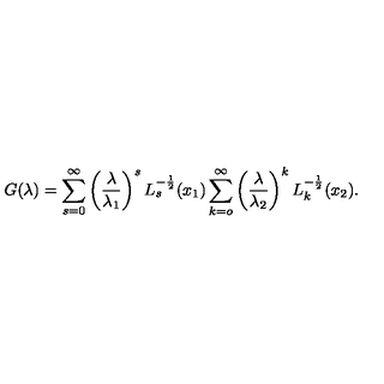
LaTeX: G ( \lambda ) = \sum _ { s = 0 } ^ { \infty } \left( \frac { \lambda } { \lambda _ { 1 } } \right) ^ { s } L _ { s } ^ { - \frac 1 2 } ( x _ { 1 } ) \sum _ { k = o } ^ { \infty } \left( \frac { \lambda } { \lambda _ { 2 } } \right) ^ { k } L _ { k } ^ { - \frac 1 2 } ( x _ { 2 } ) .